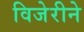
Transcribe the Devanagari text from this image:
विजेरीने